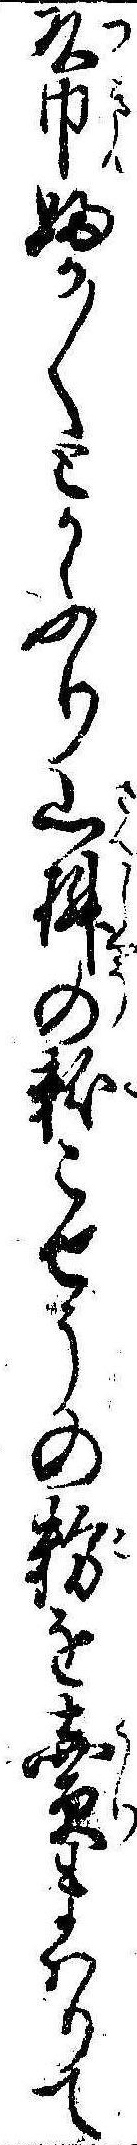
頭巾ふか〲とかふり山桝の粉こせうの粉を売まはりて